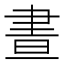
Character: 晝